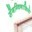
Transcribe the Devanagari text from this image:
सेंगग्विनाशियो